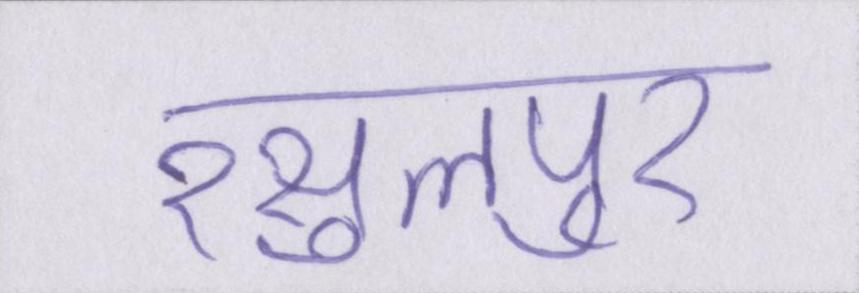
रसुलपुर